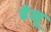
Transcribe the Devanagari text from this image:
डेलू